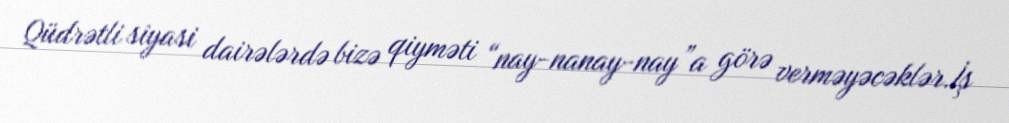
Qüdrətli siyasi dairələrdə bizə qiyməti “nay-nanay-nay”a görə verməyəcəklər.İş